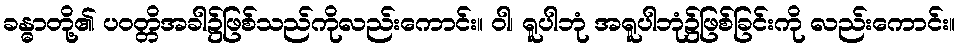
ခန္ဓာတို့၏ ပဝတ္တိအခါ၌ဖြစ်သည်ကိုလည်းကောင်း။ ဝါ၊ ရူပါဘုံ အရူပါဘုံ၌ဖြစ်ခြင်းကို လည်းကောင်း။